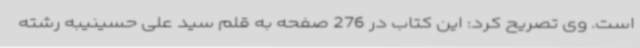
است. وی تصریح کرد: این کتاب در 276 صفحه به قلم سید علی حسینیبه رشته